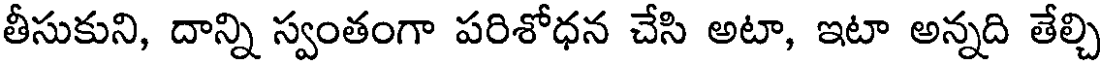
తీసుకుని, దాన్ని స్వంతంగా పరిశోధన చేసి అటా, ఇటా అన్నది తేల్చి